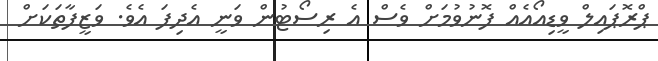
ޕްރޮޕައިލް ވީޑިއޯއެއް ފޮނުވުމަށް ވެސް އެ ރިސޯޓުން ވަނީ އެދިފަ އެވެ. ވަޒީފާތަކަށް